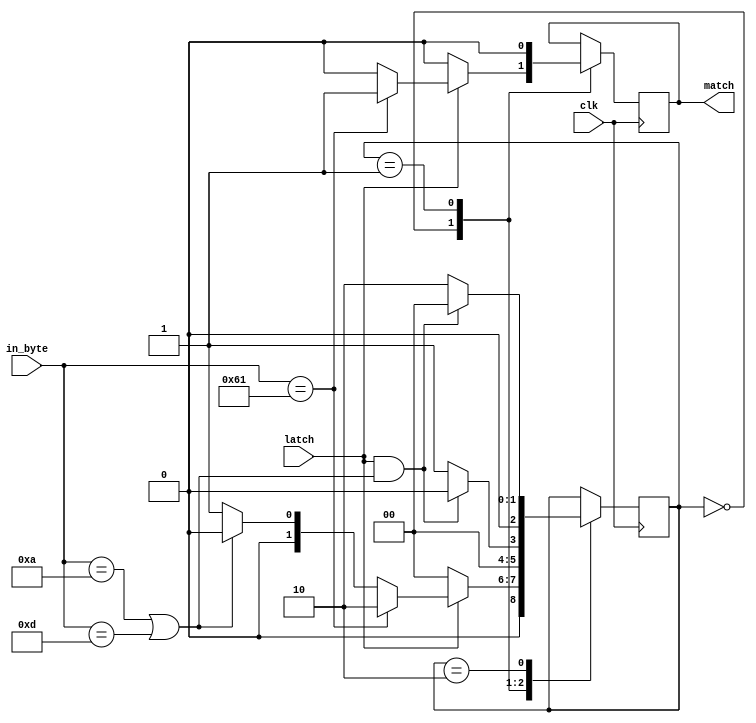
module cmd #(
	parameter KEY = "a"
) (
	input clk,
	input [7:0] in_byte,
	input latch,
	output match
);
	parameter STATE_WAIT = 0;  // waiting for key
	parameter STATE_IGNORE = 1;  // in non-key packet
	parameter STATE_PACKET = 2;  // in key packet
	reg [2:0] state = STATE_WAIT;
	/*
	reg packet_done = 0;
	reg last_packet_done = 0;
	*/
	reg match = 0;

	always @(posedge clk) begin
		case (state)
			STATE_WAIT: begin
				match <= 0;
				if (latch) begin
					if (in_byte == KEY) begin
						state <= STATE_PACKET;
						//packet_done <= 0;
						match <= 1;
					end else if ((in_byte == 10) | (in_byte == 13)) begin
						state <= STATE_WAIT;
					end else begin
						state <= STATE_IGNORE;
					end
				end else begin
					state <= STATE_WAIT;
				end
			end
			STATE_IGNORE: begin
				match <= 0;
				if (latch & ((in_byte == 10) | (in_byte == 13))) begin
					state <= STATE_WAIT;
				end else begin
					state <= STATE_IGNORE;
				end
			end
			STATE_PACKET: begin
				if (latch & ((in_byte == 10) | (in_byte == 13))) begin
					state <= STATE_WAIT;
					//packet_done <= 1;
				end else begin
					state <= STATE_PACKET;
				end
			end
		endcase
	end
	/*
	always @(*) begin
		case (state)
			STATE_WAIT: begin
				if (latch) begin
					if (in_byte == KEY) begin
						state = STATE_PACKET;
						packet_done = 0;
					end else begin
						state = STATE_IGNORE;
					end
				end else begin
					state = STATE_WAIT;
				end
			end
			STATE_IGNORE: begin
				state = (latch & (in_byte == "\n")) ? STATE_WAIT : STATE_IGNORE;
			end
			STATE_PACKET: begin
				if (latch & (in_byte == "\n")) begin
					state = STATE_WAIT;
					packet_done = 1;
				end else begin
					state = STATE_PACKET;
				end
			end
		endcase
	end
	
	always @(posedge clk) begin
		if (packet_done & !last_packet_done) begin
			match <= 1;
		end else begin
			match <= 0;
		end
		last_packet_done <= packet_done;
	end
	*/


endmodule